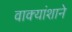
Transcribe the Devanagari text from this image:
वाक्यांशाने